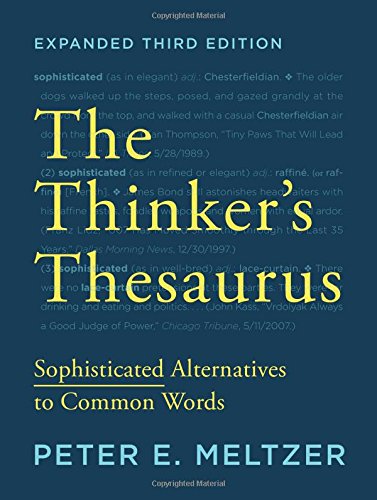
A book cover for The Thinker's Thesaurus: Sophisticated Alternatives to Common Words (Expanded Third Edition); Peter E. Meltzer; Reference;